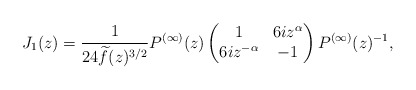
\begin{align*}J_1(z)=\frac{1}{24\widetilde f(z)^{3/2}}P^{(\infty)}(z)\begin{pmatrix}1&6i z^\alpha\\6iz^{-\alpha}&-1\end{pmatrix} P^{(\infty)}(z)^{-1},\end{align*}